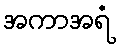
အကာအရံ